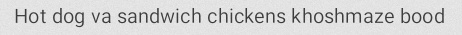
Hot dog va sandwich chickens khoshmaze bood